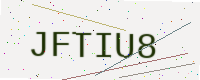
Text: JFTIU8